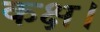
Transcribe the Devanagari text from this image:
कक्ष।